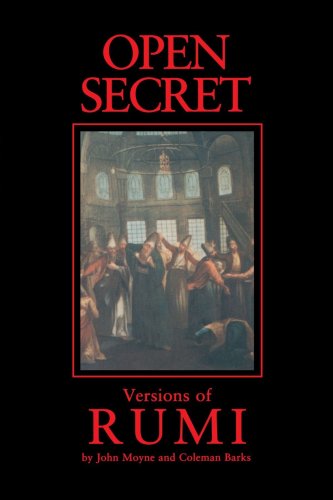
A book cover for Open Secret: Versions of Rumi; John Moyne; Religion & Spirituality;